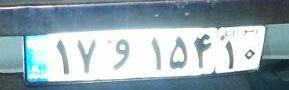
۱۷و۱۵۴۱۰